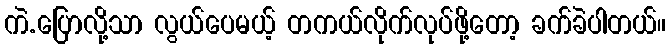
ကဲ.ပြောလို့သာ လွယ်ပေမယ့် တကယ်လိုက်လုပ်ဖို့တော့ ခက်ခဲပါတယ်။